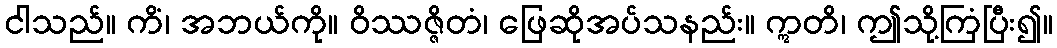
ငါသည်။ ကိံ၊ အဘယ်ကို။ ဝိဿဇ္ဇိတံ၊ ဖြေဆိုအပ်သနည်း။ ဣတိ၊ ဤသို့ကြံပြီး၍။